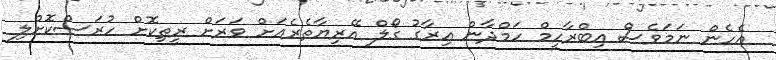
އެހެން ނަމަވެސް އިބްރާހީމް ހަމްދާން އިރާގު ގޯލް އޭރިޔާތެރެއަށް ވަރަށް ރީތިކޮށް ހުރަސްކޮށްލި